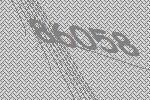
86058